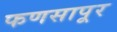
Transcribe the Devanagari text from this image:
फणसापूर